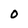
Character: O